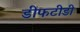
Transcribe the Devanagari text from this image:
डीफटीडी